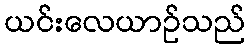
ယင်းလေယာဉ်သည်